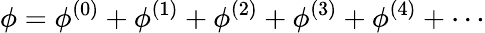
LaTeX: \phi=\phi^{(0)}+\phi^{(1)}+\phi^{(2)}+\phi^{(3)}+\phi^{(4)}+\cdots